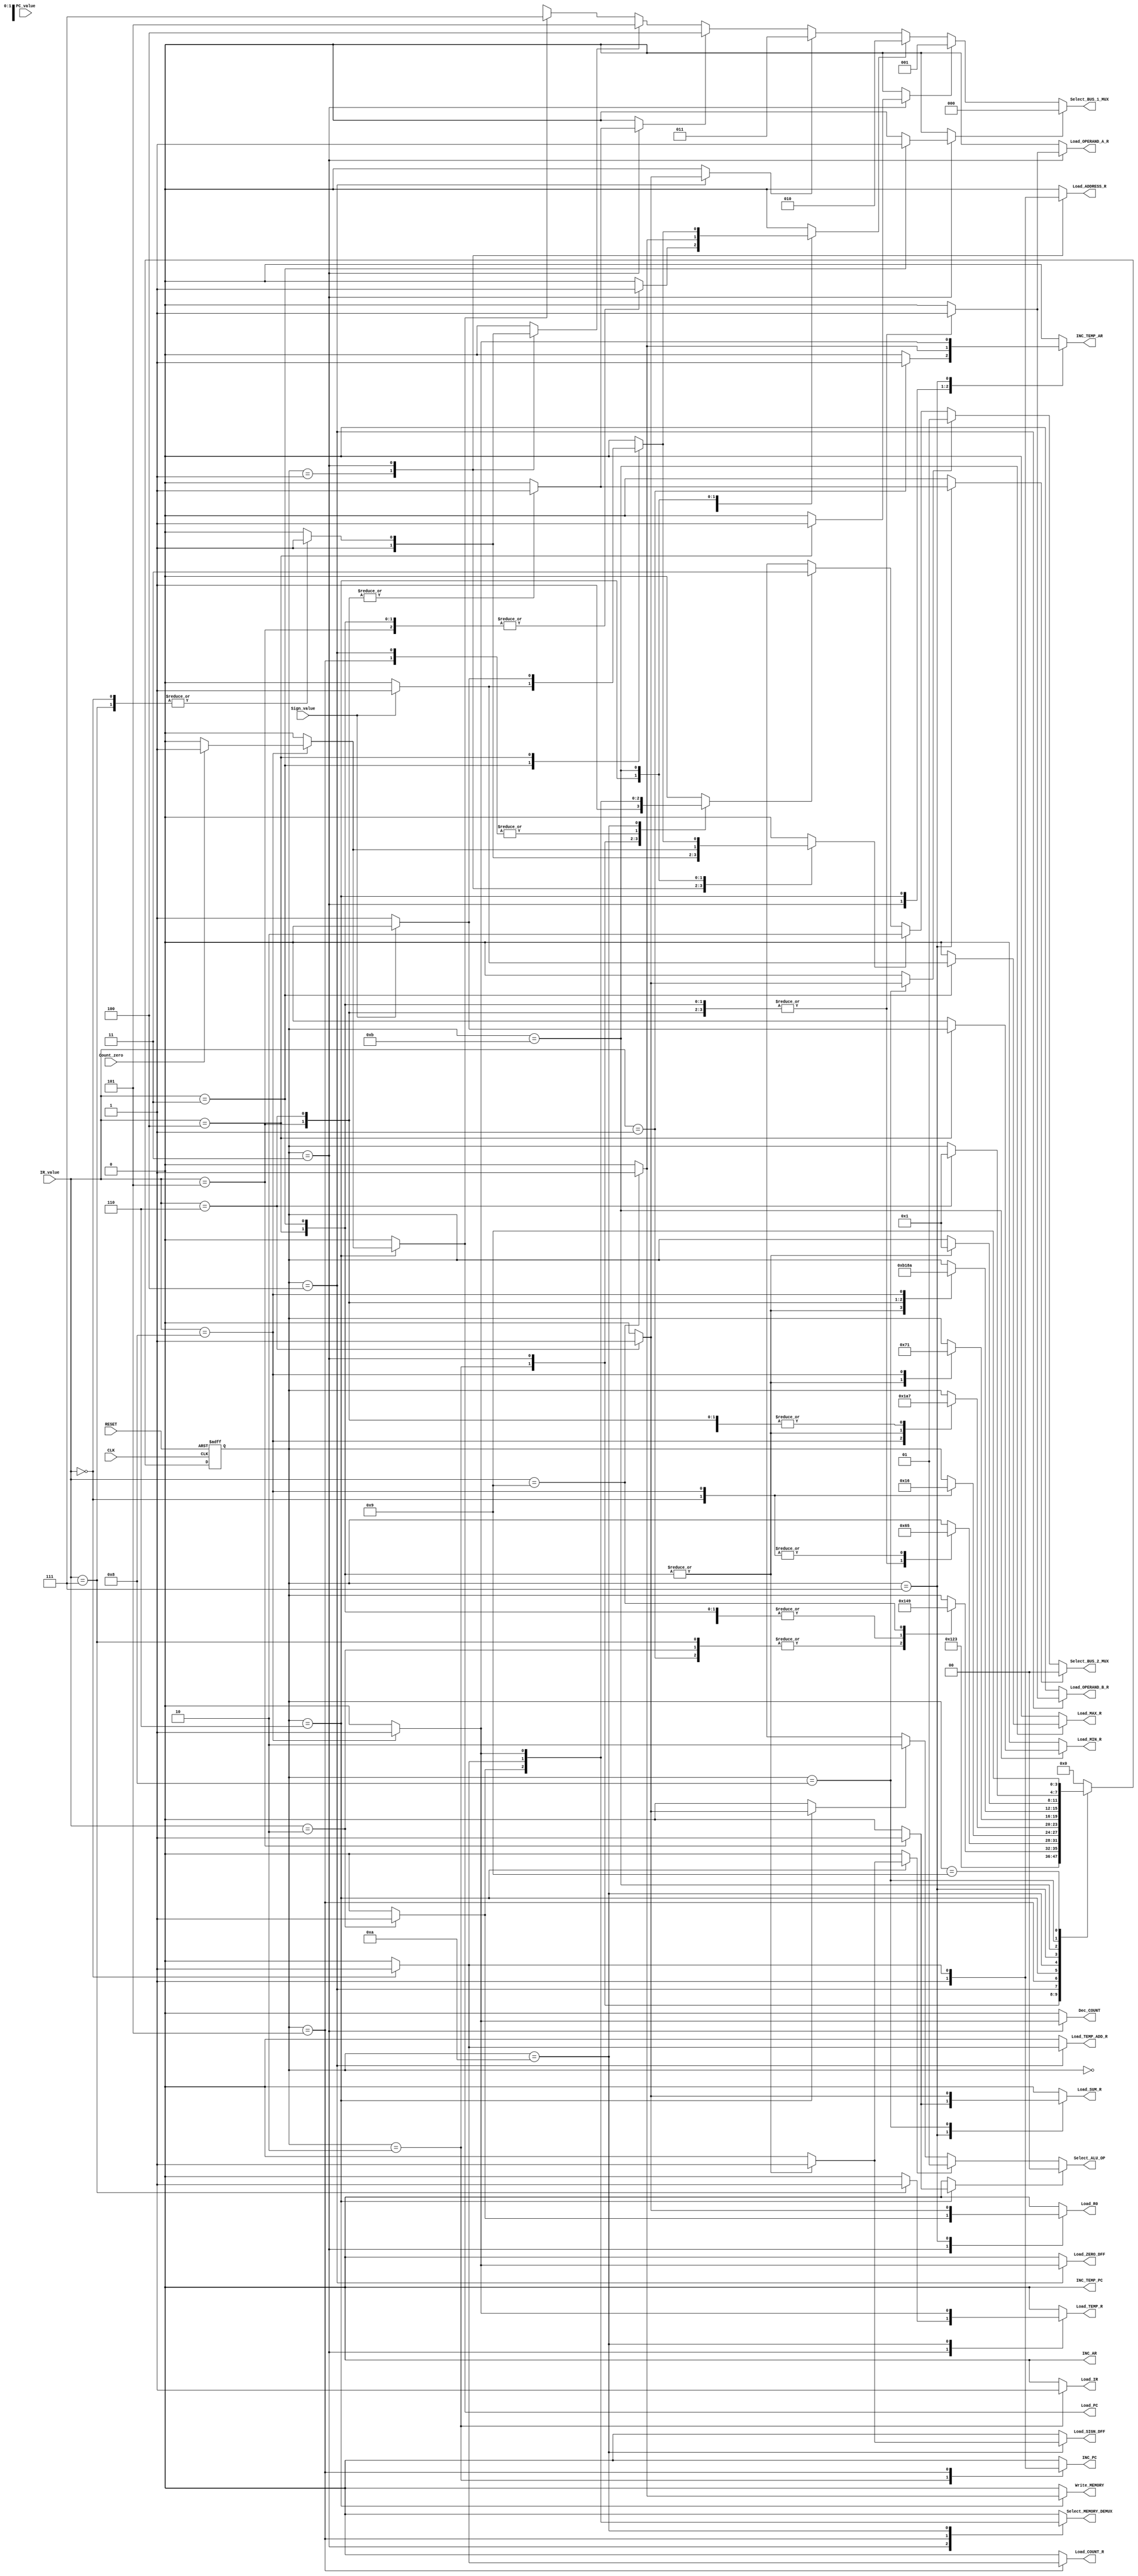
`timescale 1ns / 1ps
//////////////////////////////////////////////////////////////////////////////////
// Company: 
// Engineer: 
// 
// Design Name: 
// Module Name:    ControUnit 
// Project Name: 
// Target Devices: 
// Tool versions: 
// Description: 
//
// Dependencies: 
//
// Revision: 
// Revision 0.01 - File Created
// Additional Comments: 
//
//////////////////////////////////////////////////////////////////////////////////
module ControlUnit(
    input [7:0] IR_value,
    input [7:0] PC_value,
    input CLK,
    input RESET,
    input Sign_value,
	 input Count_zero,
    output reg Load_MAX_R,
    output reg Load_MIN_R,
    output reg Load_R0,
    output reg Load_COUNT_R,
    output reg Load_SUM_R,
    output reg Load_PC,
    output reg Load_IR,
    output reg Load_TEMP_R,
    output reg Load_ADDRESS_R,
	 output reg Load_TEMP_ADD_R,
    output reg Load_OPERAND_A_R,
    output reg Load_OPERAND_B_R,
    output reg INC_PC,
	 output reg INC_AR,
	 output reg INC_TEMP_PC,
    output reg INC_TEMP_AR,
    output reg Dec_COUNT,
    output [2:0] Select_BUS_1_MUX,
    output [1:0] Select_BUS_2_MUX,
	 output reg Select_MEMORY_DEMUX,
    output reg Load_SIGN_DFF,
	 output reg Load_ZERO_DFF,
    output [1:0] Select_ALU_OP,
    output reg Write_MEMORY
    );
	
	parameter LDA 			= 	8'b00000000,
				 INC_ADD		= 	8'b00000001,
				 MOV 			= 	8'b00000010,
				 MAX 			= 	8'b00000011,
				 MIN 			= 	8'b00000100,
				 SUM 			= 	8'b00000101,
				 DIV 			= 	8'b00000110,
				 LOOP 		= 	8'b00000111,
				 LOOPEND 	= 	8'b00001000,
				 END 			= 	8'b00001001,
				 DEC_COUNT	=	8'b00001010;
	
	parameter S_ideal 		= 	4'b0000,
				 S_fetch_1 		= 	4'b0001,
				 S_fetch_2		=	4'b0010,
				 S_decode_1		=	4'b0011,
				 S_decode_2 	= 	4'b0100,
				 S_decode_3		=	4'b0101,
				 S_execute_1 	= 	4'b0110,
				 S_execute_2 	= 	4'b0111,
				 S_execute_3	=	4'b1000,
				 S_halt			=	4'b1001,
				 S_execute_2_1 =	4'b1010,
				 S_execute_2_2	=	4'b1011;
	
	parameter MAX_R 		= 	3'b000,
				 MIN_R 		= 	3'b001,
				 R0 			= 	3'b010,
				 COUNT_R 	= 	3'b011,
				 SUM_R 		= 	3'b100,
				 PC 			= 	3'b101,
				 IR 			= 	3'b110,
				 TEMP 		= 	3'b111;
				 
	parameter ALU_OUT		=	2'b00,
				 REMAINDER	=	2'b01,
				 BUS_1		=	2'b10,
				 MEMORY		=	2'b11;
				 
	parameter ADD_OP	=	2'b00,
				 CMP_OP	=	2'b01,
				 DIV_OP	=	2'b10;
	
	reg [3:0] Current_State;
	reg [3:0] Next_State;
	
	reg Select_MAX_R,
		 Select_MIN_R,
		 Select_R0,
		 Select_COUNT_R,
		 Select_SUM_R,
		 Select_PC,
		 Select_IR,
		 Select_TEMP_R,
		 Select_ALU_OUT,
		 Select_REMAINDER,
		 Select_BUS_1,
		 Select_MEMORY,
		 Select_ADD_OP,
		 Select_CMP_OP,
		 Select_DIV_OP;
	
	wire [7:0] opcode = IR_value;
	wire sign 			= Sign_value;
	wire zero 			= Count_zero;
	
	assign Select_BUS_1_MUX = Select_MAX_R 	?	MAX_R		:
									  Select_MIN_R  	?	MIN_R		:
									  Select_R0			?	R0			:
									  Select_COUNT_R	?	COUNT_R	:
									  Select_SUM_R		?	SUM_R		:
									  Select_PC			?	PC			:
									  Select_IR			?	IR			:
									  Select_TEMP_R	?	TEMP		:	3'bx;
	
	assign Select_BUS_2_MUX = Select_ALU_OUT		?	ALU_OUT		:
									  Select_REMAINDER	?	REMAINDER	:
									  Select_BUS_1			?	BUS_1			:
									  Select_MEMORY		?	MEMORY		:	2'bx;
	
	assign Select_ALU_OP = Select_ADD_OP	?	ADD_OP	:
								  Select_CMP_OP	?	CMP_OP	:
								  Select_DIV_OP	?	DIV_OP	:	2'bx;
	
	always @ (posedge CLK or negedge RESET)
	begin
		if(RESET == 0)
			Current_State = S_ideal;
		else
			Current_State = Next_State;
	end
	
	always @ (Current_State or opcode)
	begin
		Load_MAX_R 				= 		1'b0;
		Load_MIN_R 				= 		1'b0;
		Load_R0 					= 		1'b0;
		Load_COUNT_R 			= 		1'b0;
		Load_SUM_R 				= 		1'b0;
		Load_PC 					= 		1'b0;
		Load_IR 					= 		1'b0;
		Load_TEMP_R 			= 		1'b0;
		Load_ADDRESS_R 		= 		1'b0;
		Load_TEMP_ADD_R 		= 		1'b0;
		Load_OPERAND_A_R 		= 		1'b0;
		Load_OPERAND_B_R 		=		1'b0;
		INC_PC 					= 		1'b0;
		INC_AR					=		1'b0;
		INC_TEMP_PC				=		1'b0;
		INC_TEMP_AR				= 		1'b0;
		Dec_COUNT 				= 		1'b0;
		Select_MEMORY_DEMUX 	=		1'b0;
		Load_SIGN_DFF 			= 		1'b0;
		Load_ZERO_DFF 			= 		1'b0;
		Write_MEMORY 			= 		1'b0;
		
		Select_MAX_R 			= 		1'b0;
		Select_MIN_R 			= 		1'b0;
		Select_R0 				= 		1'b0;
		Select_COUNT_R 		= 		1'b0;
		Select_SUM_R 			= 		1'b0;
		Select_PC 				= 		1'b0;
		Select_IR 				= 		1'b0;
		Select_TEMP_R 			= 		1'b0;
		Select_ALU_OUT 		= 		1'b0;
		Select_REMAINDER 		= 		1'b0;
		Select_BUS_1 			= 		1'b0;
		Select_MEMORY 			= 		1'b0;
		Select_ADD_OP 			= 		1'b0;
		Select_CMP_OP			=	 	1'b0;
		Select_DIV_OP 			= 		1'b0;
		
		Next_State 				= 		Current_State;
		
		case(Current_State)
			S_ideal 		:	Next_State = S_fetch_1;
			
			S_fetch_1 	:	begin
								Next_State 		= S_fetch_2;
								Select_PC 		= 1'b1;
								Select_BUS_1 	= 1'b1;
								Load_ADDRESS_R = 1'b1;
								end
			
			S_fetch_2 	:	begin
								Next_State 		= S_decode_1;
								Select_MEMORY 	= 1'b1;
								Load_IR 			= 1'b1;
								INC_PC			= 1'b1;
								end
			
			S_decode_1	:	begin
								case(opcode)
									LDA	:	begin
												Next_State 		= S_decode_2;
												Select_PC 		= 1'b1;
												Select_BUS_1 	= 1'b1;
												Load_ADDRESS_R = 1'b1;
												end
									LOOP	:	begin
												Next_State		= S_fetch_1;
												Select_PC 		= 1'b1;
												Select_BUS_1 	= 1'b1;
												Load_TEMP_R 	= 1'b1;
												end
									INC_ADD:	begin
												Next_State	= S_fetch_1;
												INC_TEMP_AR = 1'b1;
												end
									MOV	:	begin
												Next_State 				= S_fetch_1;
												Select_MEMORY_DEMUX 	= 1'b1;
												Select_MEMORY 			= 1'b1;
												Load_R0 					= 1'b1;
												end
									MAX	:	begin
												Next_State 			= S_decode_2;
												Select_MAX_R 		= 1'b1;
												Load_OPERAND_A_R 	= 1'b1;
												end
									MIN	:	begin
												Next_State 			= S_decode_2;
												Select_MIN_R 		= 1'b1;
												Load_OPERAND_A_R 	= 1'b1;
												end
									SUM	:	begin
												Next_State 			= S_decode_2;
												Select_SUM_R 		= 1'b1;
												Load_OPERAND_A_R 	= 1'b1;
												end
									LOOPEND:	begin
												Next_State 		= S_decode_2;
												Dec_COUNT 		= 1'b1;
												end
									DIV	:	begin
												Next_State 			= S_decode_2;
												Select_SUM_R 		= 1'b1;
												Load_OPERAND_A_R 	= 1'b1;
												end
									END	:	begin
												Next_State = S_halt;
												end
								endcase
								end
			S_decode_2	:	begin
								case(opcode)
									LDA	:	begin
												Next_State 			= S_decode_3;
												Select_MEMORY 		= 1'b1;
												Load_TEMP_ADD_R 	= 1'b1;
												end
									
									MAX	:	begin
												Next_State			= S_execute_1;
												Select_R0			= 1'b1;
												Load_OPERAND_B_R 	= 1'b1;
												end
									MIN	:	begin
												Next_State 			= S_execute_1;
												Select_R0 			= 1'b1;
												Load_OPERAND_B_R 	= 1'b1;
												end
									SUM	:	begin
												Next_State 			= S_execute_1;
												Select_R0 			= 1'b1;
												Load_OPERAND_B_R 	= 1'b1;
												end
									DIV	:	begin
												Next_State 			= S_execute_1;
												Select_COUNT_R 	= 1'b1;
												Load_OPERAND_B_R 	= 1'b1;
												end
									LOOPEND:	begin
												Next_State 		= S_decode_3;
												Load_ZERO_DFF	= 1'b1;
												end
								endcase
								end
			S_decode_3	:	begin
								case(opcode)
									LDA	:	begin
												Next_State 				= S_fetch_1;
												Select_MEMORY_DEMUX 	= 1'b1;
												Select_MEMORY 			= 1'b1;
												Load_COUNT_R 			= 1'b1;
												INC_PC 					= 1'b1;
												end
									LOOPEND:	begin
												Next_State = S_execute_1;
												end
								endcase
								end
			S_execute_1	:	begin
								case(opcode)
									LOOPEND: begin
												Next_State = S_fetch_1;
												if(zero == 1)
													begin
													Select_TEMP_R 	= 1'b1;
													Select_BUS_1 	= 1'b1;
													Load_PC 			= 1'b1;
													end
												end
									MAX	:	begin
												Next_State		=	S_execute_2_1;
												Select_CMP_OP 	= 1'b1;
												end
									MIN	:	begin
												Next_State 		= S_execute_2_1;
												Select_CMP_OP 	= 1'b1;
												end
									SUM	:	begin
												Next_State 		= S_execute_2;
												Select_ADD_OP 	= 1'b1;
												end
									DIV	:	begin
												Next_State 		= S_execute_2;
												Select_DIV_OP 	= 1'b1;
												end
									END	:	begin
												Next_State 		= S_execute_2;
												INC_TEMP_AR 	= 1'b1;
												Select_R0 		= 1'b1;
												Write_MEMORY 	= 1'b1;
												end
								endcase
								end
			S_execute_2_1:	begin
								case(opcode)
									MAX	:	begin
												Next_State		=	S_execute_2;
												Load_SIGN_DFF 	= 1'b1;
												end
									MIN	:	begin
												Next_State		=	S_execute_2;
												Load_SIGN_DFF 	= 1'b1;
												end
									LOOPEND:	begin
												Next_State 				= S_fetch_1;
												Select_MEMORY_DEMUX 	= 1'b1;
												Select_MEMORY 			= 1'b1;
												Load_TEMP_R 			= 1'b1;
												end
								endcase
								end
			S_execute_2	:	begin
								case(opcode)
									MAX	:	begin
												Next_State	=	S_execute_2_2;
												end
									MIN	:	begin
												Next_State = S_execute_2_2;
												end
									SUM	:	begin
												Next_State 		= S_fetch_1;
												Select_ALU_OUT = 1'b1;
												Load_SUM_R 		= 1'b1;
												end
									DIV	:	begin
												Next_State 		= S_execute_3;
												Select_ALU_OUT = 1'b1;
												Load_R0 			= 1'b1;
												end
									LOOPEND:	begin
												Next_State 	= S_execute_2_1;
												INC_TEMP_AR = 1'b1;
												end			
								endcase
								end
			S_execute_2_2:	begin
								case(opcode)
									MAX	:	begin
												Next_State	=	S_fetch_1;
												if(sign == 1)
													begin
													Select_R0 		= 1'b1;
													Select_BUS_1 	= 1'b1;
													Load_MAX_R 		= 1'b1;
													end
												end
									MIN	:	begin
												Next_State = S_fetch_1;
												if(sign==0)
													begin
													Select_R0 		= 1'b1;
													Select_BUS_1 	= 1'b1;
													Load_MIN_R 		= 1'b1;
													end
												end
								endcase
								end
			S_execute_3	:	begin
								case(opcode)
									DIV	:	begin
												Next_State 			= S_fetch_1;
												Select_REMAINDER 	= 1'b1;
												Load_SUM_R 			= 1'b1;
												end
								endcase
								end
			S_halt		:	Next_State = S_halt;
			default		:	Next_State = S_ideal;
		endcase
	end

endmodule